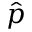
\hat { p }